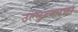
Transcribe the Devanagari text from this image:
उल्मुल्काचा